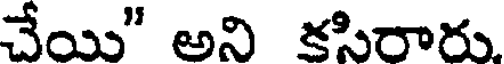
చేయి" అని కసిరారు